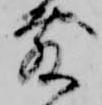
敷